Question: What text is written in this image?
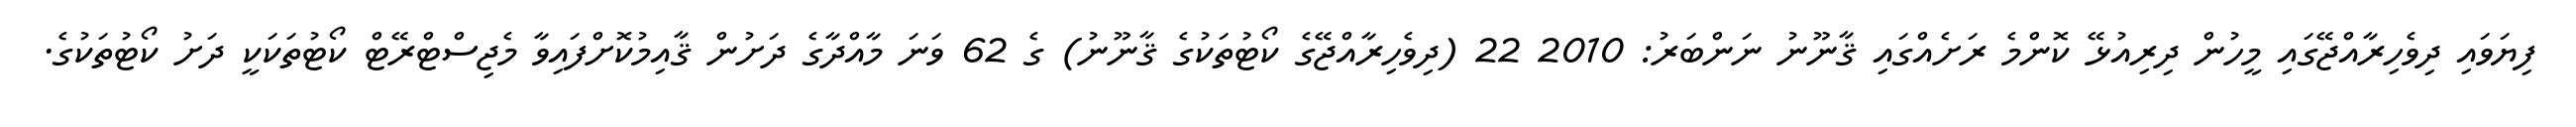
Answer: ފިޔަވައި ދިވެހިރާއްޖޭގައި މީހުން ދިރިއުޅޭ ކޮންމެ ރަށެއްގައި ޤާނޫނު ނަންބަރު: 2010 22 (ދިވެހިރާއްޖޭގެ ކޯޓުތަކުގެ ޤާނޫނު) ގެ 62 ވަނަ މާއްދާގެ ދަށުން ޤާއިމުކޮށްފައިވާ މެޖިސްޓްރޭޓް ކޯޓުތަކަކީ ދަށު ކޯޓުތަކުގެ.